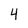
Character: 4